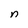
Character: n